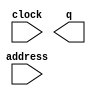
module memory (
	address,
	clock,
	q);

	input	[4:0]  address;
	input	  clock;
	output	[15:0]  q;
`ifndef ALTERA_RESERVED_QIS
// synopsys translate_off
`endif
	tri1	  clock;
`ifndef ALTERA_RESERVED_QIS
// synopsys translate_on
`endif

endmodule